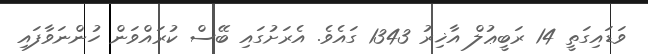
ވަޑައިގަތީ 14 ރަބީޢުލް އާޚިރު 1343 ގައެވެ. އެރަށުގައި ބޭސް ކުރައްވަން ހުންނަވާފައި